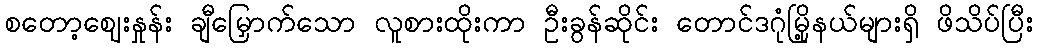
စတော့ဈေးနှုန်း ချီမြှောက်သော လူစားထိုးကာ ဦးခွန်ဆိုင်း တောင်ဒဂုံမြို့နယ်များရှိ ဖိသိပ်ပြီး